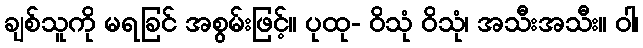
ချစ်သူကို မရခြင် အစွမ်းဖြင့်။ ပုထု- ဝိသုံ ဝိသုံ၊ အသီးအသီး။ ဝါ၊